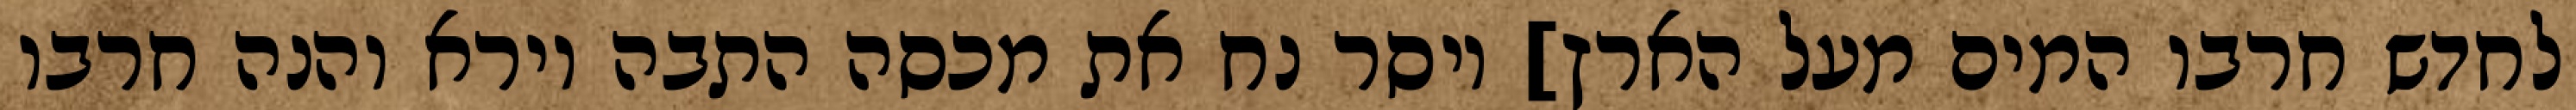
לחדש חרבו המים מעל הארץ] ויסר נח את מכסה התבה וירא והנה חרבו